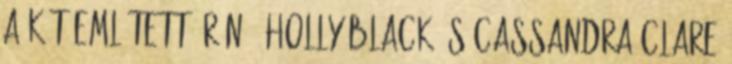
a két említett írónő, Holly Black és Cassandra Clare